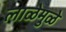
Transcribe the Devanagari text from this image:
लाळेमुळे